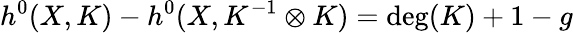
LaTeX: h^{0}(X,K)-h^{0}(X,K^{-1}\otimes K)=\deg(K)+1-g